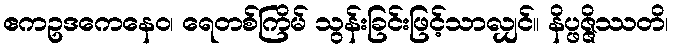
ဧကဥဒကေနေဝ၊ ရေတစ်ကြိမ် သွန်းခြင်းဖြင့်သာလျှင်။ နိပ္ဖဇ္ဇိဿတိ၊